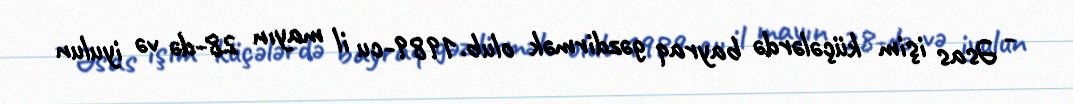
- Əsas işim küçələrdə bayraq gəzdirmək olub.1989-cu il mayın 28-də və iyulun